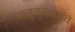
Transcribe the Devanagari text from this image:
गड्डमवाराचे